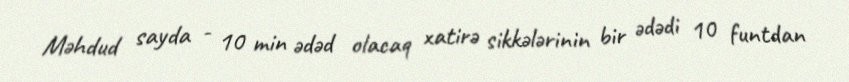
Məhdud sayda - 10 min ədəd olacaq xatirə sikkələrinin bir ədədi 10 funtdan